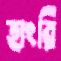
হাংরি